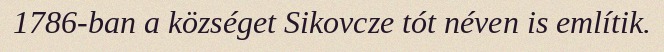
1786-ban a községet Sikovcze tót néven is említik.